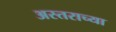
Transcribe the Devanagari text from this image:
अस्तराच्या